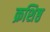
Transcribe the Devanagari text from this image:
क्रशिष्ठ